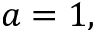
a = 1 ,